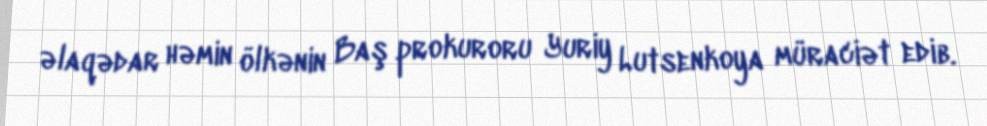
əlaqədar həmin ölkənin Baş prokuroru Yuriy Lutsenkoya müraciət edib.